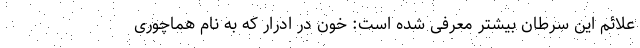
علائم این سرطان بیشتر معرفی شده است: خون در ادرار که به نام هماچوری